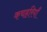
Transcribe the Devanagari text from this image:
कचहरियाँ